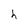
Character: h